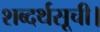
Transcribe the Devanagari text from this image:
शब्दर्थसूची।